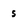
Character: s